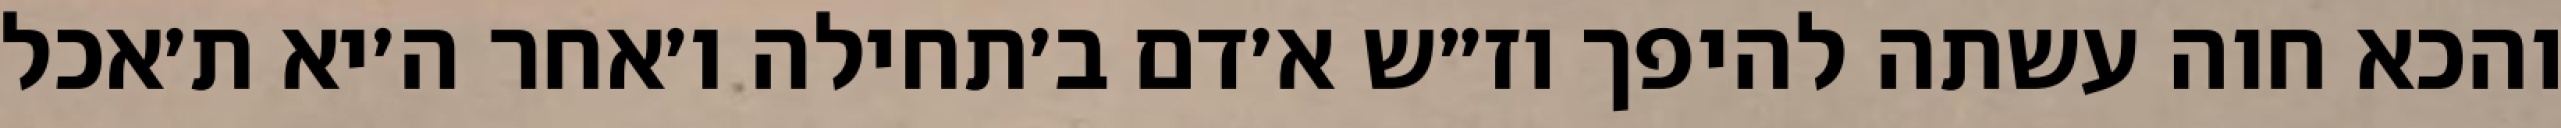
והכא חוה עשתה להיפך וז״ש א׳דם ב׳תחילה ו׳אחר ה׳יא ת׳אכל